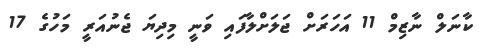
ކާނަލް ނާޒިމް 11 އަހަރަށް ޖަލަށްލާފައި ވަނީ މިދިޔަ ޖެނުއަރީ މަހުގެ 17